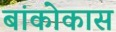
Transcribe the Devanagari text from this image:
बांकोकास